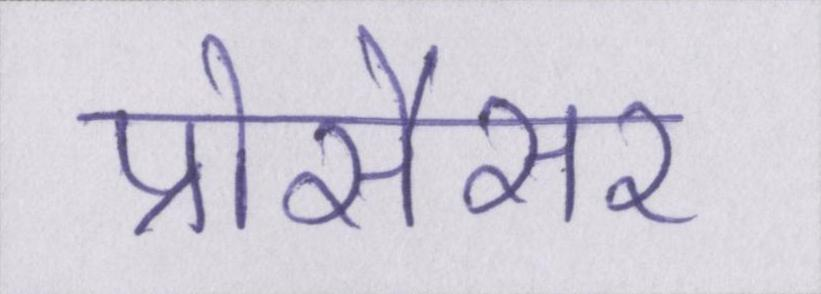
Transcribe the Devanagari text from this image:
प्रोसैसर